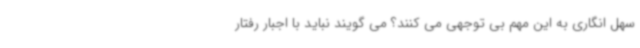
سهل انگاری به این مهم بی توجهی می کنند؟ می گویند نباید با اجبار رفتار